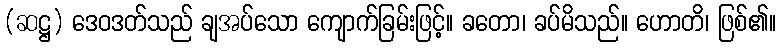
(ဆဋ္ဌ) ဒေဝဒတ်သည် ချအပ်သော ကျောက်ခြမ်းဖြင့်။ ခတော၊ ခပ်မိသည်။ ဟောတိ၊ ဖြစ်၏။